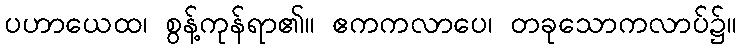
ပဟာယေထ၊ စွန့်ကုန်ရာ၏။ ဧကကလာပေ၊ တခုသောကလာပ်၌။